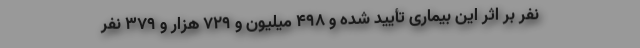
نفر بر اثر این بیماری تأیید شده و ۴۹۸ میلیون و ۷۲۹ هزار و ۳۷۹ نفر